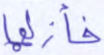
فأزلهما